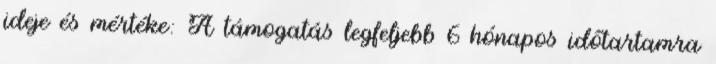
ideje és mértéke: A támogatás legfeljebb 6 hónapos időtartamra